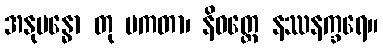
အနုဗန္ဓော တု ပကတာ၊ နိဝတ္တေ နဿနက္ခရေ။